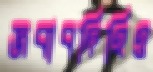
জবাবদিহিও